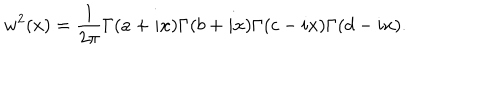
w ^ { 2 } ( x ) = { \frac { 1 } { 2 \pi } } \Gamma ( a + i x ) \Gamma ( b + i x ) \Gamma ( c - i x ) \Gamma ( d - i x ) .